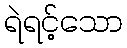
ရဲရင့်သော